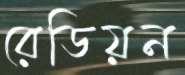
রেডিয়ন